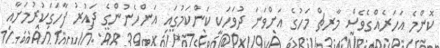
ކޮންމެ އަހަރެއްގެވެސް މާރޗް މަހުގެ އަށްވަނަ ދުވަހަކީ ކަންކަމުގައި އަންހެނުންގެ ދައުރު ފާހަގަކުރުމަށާއި